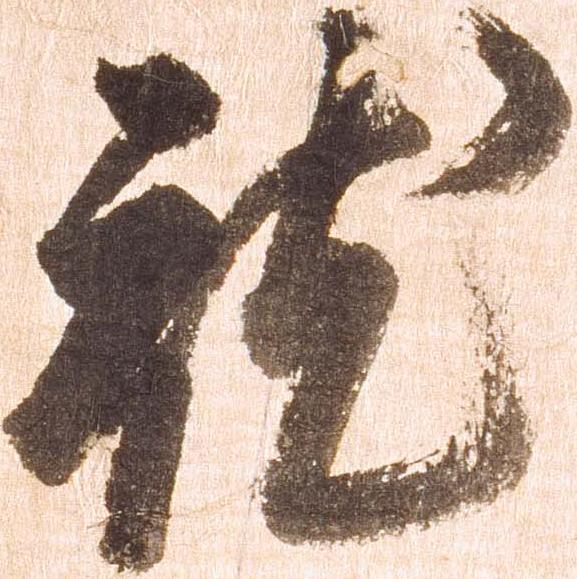
就